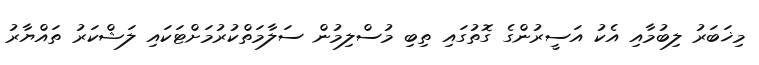
މިޚަބަރު ލިބުމާއި އެކު އަސީރުންގެ ގޮތުގައި ތިބި މުސްލިމުން ސަލާމަތްކުރުމަށްޓަކައި ލަޝްކަރު ތައްޔާރު